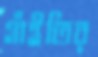
গাঁইতির